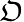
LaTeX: \mathfrak{O}